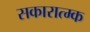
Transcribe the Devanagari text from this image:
सकारात्म्क